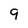
Character: 9